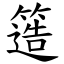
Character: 簉